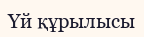
Үй құрылысы